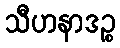
သီဟနာဒဉ္စ